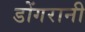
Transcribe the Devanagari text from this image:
डोंगरानी